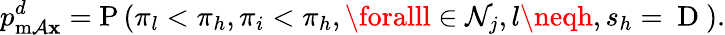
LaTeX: p_{\operatorname*{m\mathcal{A}\mathbf{x}}}^{d}=\mathrm{{P}}\left(\pi_{l}<\pi_{h},\pi_{i}<\pi_{h},\foralll\in\mathcal{{N}}_{j},l\neqh,s_{h}=\mathrm{{~D~}}\right).